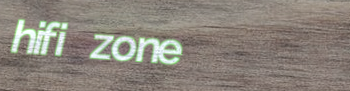
hifi zone